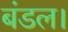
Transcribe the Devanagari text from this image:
बंडल।